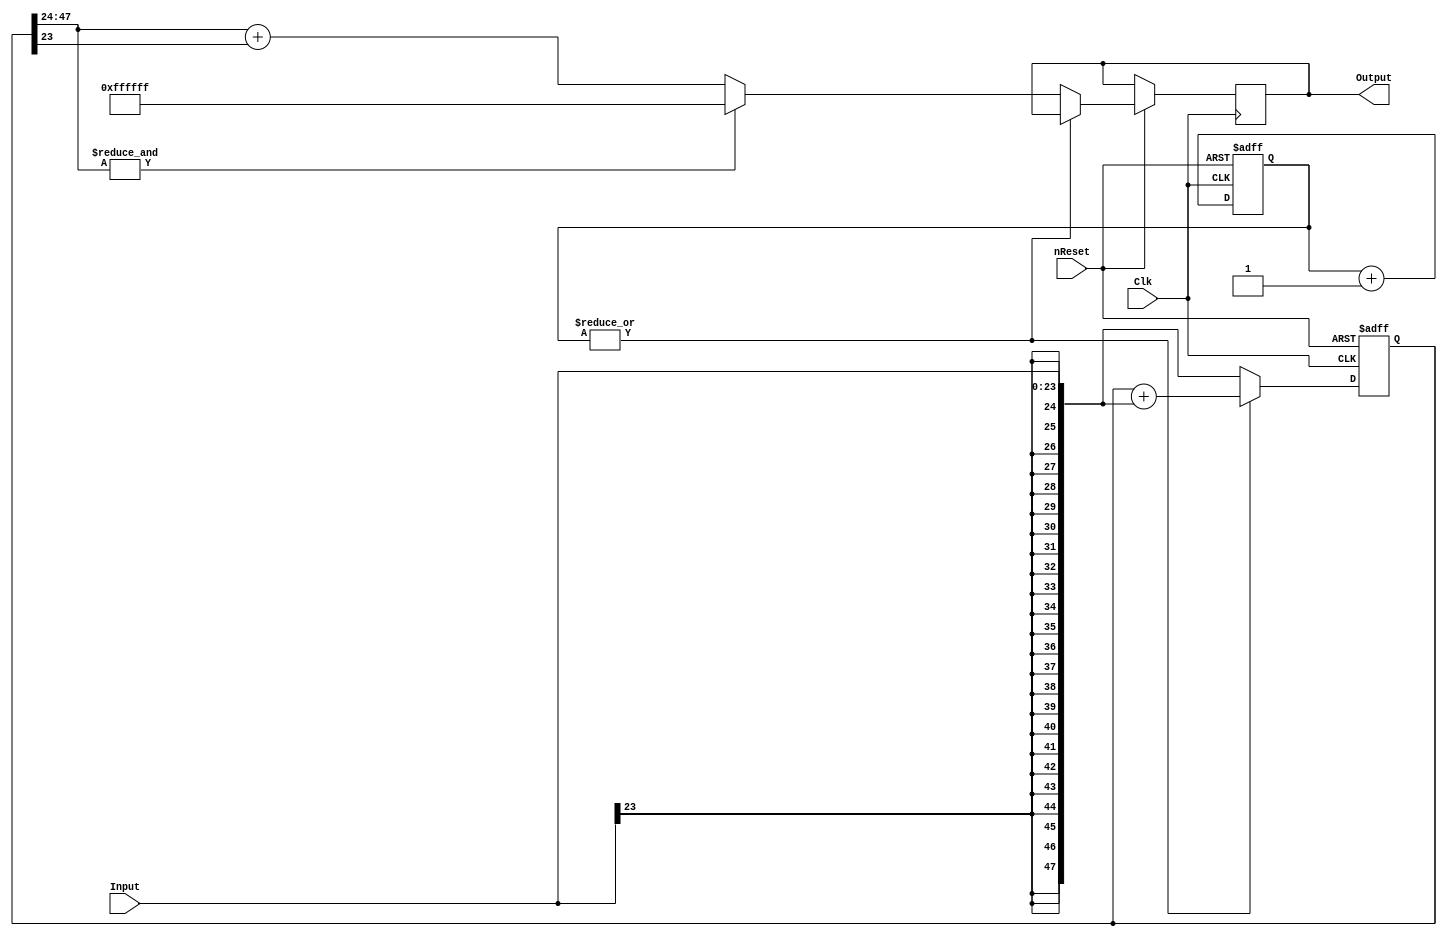
//==============================================================================
// Copyright (C) John-Philip Taylor
// jpt13653903@gmail.com
//
// This file is part of a library
//
// This file is free software: you can redistribute it and/or modify
// it under the terms of the GNU General Public License as published by
// the Free Software Foundation, either version 3 of the License, or
// (at your option) any later version.
// 
// This program is distributed in the hope that it will be useful,
// but WITHOUT ANY WARRANTY; without even the implied warranty of
// MERCHANTABILITY or FITNESS FOR A PARTICULAR PURPOSE.  See the
// GNU General Public License for more details.
// 
// You should have received a copy of the GNU General Public License
// along with this program.  If not, see <http://www.gnu.org/licenses/>
//==============================================================================

module S_SubSample(
  input nReset,
  input Clk,
  
  input      [23:0]Input,
  output reg [23:0]Output); // /2^24

  reg  [47:0] sum;
  reg  [23:0] Count;
  wire [47:0] e;

  assign e = {{24{Input[23]}}, Input};
 
  always @(negedge nReset, posedge Clk) begin
    if(!nReset) begin
      sum   <= 0;
      Count <= 0;
    end else begin
      if(~|Count) begin
        if(&sum[47:24]) begin
          Output <= 24'hFFFFFF;
        end else begin
          Output <= sum[47:24] + sum[23];
        end
        sum <= e;
      end else begin
        sum <= sum + e;
      end
      Count <= Count + 1'b1;
    end
  end
endmodule